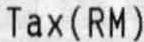
TAX(RM)